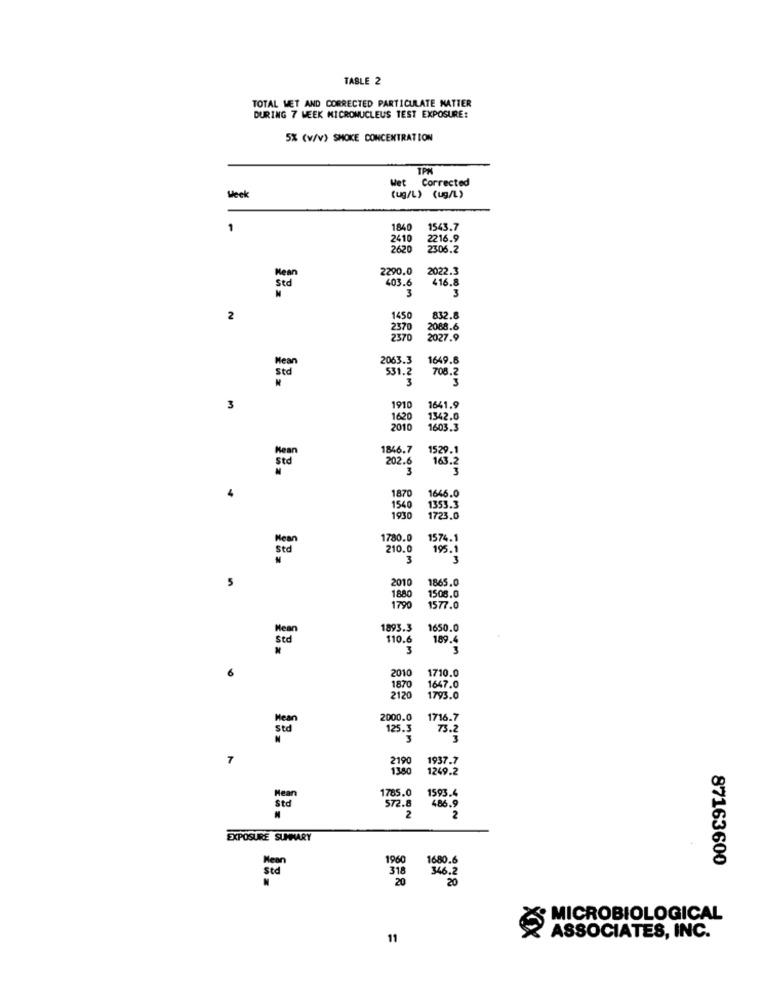
TABLE 2
TOTAL WET AND CORRECTED PARTICULATE MATTER
DURING 7 WEEK MICRONUCLEUS TEST EXPOSURE:
5% (W/V) SMOKE CONCENTRATION
TPM
Wet Corrected
(ug/L) (ug/L)
184
1543.7
2410
2216.9
2630
2306.2
2290.0
2022.3
403.6
416.8
sed
3
3
2
1450
832.8
237
2088.6
2370
2027.9
2063.3
1649.8
Mean
531.2
708.2
3
3
3
1910
1641.9
162
1342.0
2010
1603.3
1846.7
1529.1
202.6
163.2
std
3
3
1870
4
1646.0
1353.3
1540
1930
1723.0
1780.0
1574.1
210.0
195.1
Std
3
3
5
201
1865.0
1508.0
1880
1790
1577.0
1893.3
1650.0
110.6
189.4
Std
3
3
2010
1710.0
6
1870
1647.0
2120
1793.0
2000.0
1716.7
125.3
Sted
73.2
7
1937.7
1380
1249.2
1593.4
Std
572.8
486.9
2
2
EXPOSURE SUMMARY
1960
1680.6
87163600
318
346.2
20
MICROBIOLOGICAL
11
ASSOCIATES, INC.